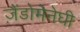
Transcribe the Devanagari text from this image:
ज़ैंडोमेनेघी